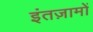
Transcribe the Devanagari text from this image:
इंतज़ामों